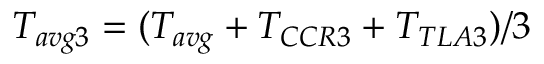
T _ { a v g 3 } = ( T _ { a v g } + T _ { C C R 3 } + T _ { T L A 3 } ) / 3